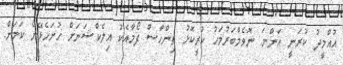
އުއްމީދު ކުރަނީ އަންނަ ނޮވެމްބަރުމަހު ކުރީކޮޅު ތިންހާސް ފޯމާއެކު އިލެކްޝަނަށް ހުށަހެޅޭނެ ކަމަށް.